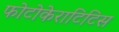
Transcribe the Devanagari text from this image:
फोटोकेराटिटिस